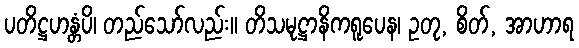
ပတိဋ္ဌဟန္တံပိ၊ တည်သော်လည်း။ တိသမုဋ္ဌာနိကရူပေန၊ ဥတု, စိတ်, အာဟာရ